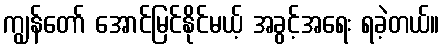
ကျွန်တော် အောင်မြင်နိုင်မယ့် အခွင့်အရေး ရခဲ့တယ်။